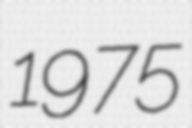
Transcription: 1975